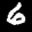
Label: 6